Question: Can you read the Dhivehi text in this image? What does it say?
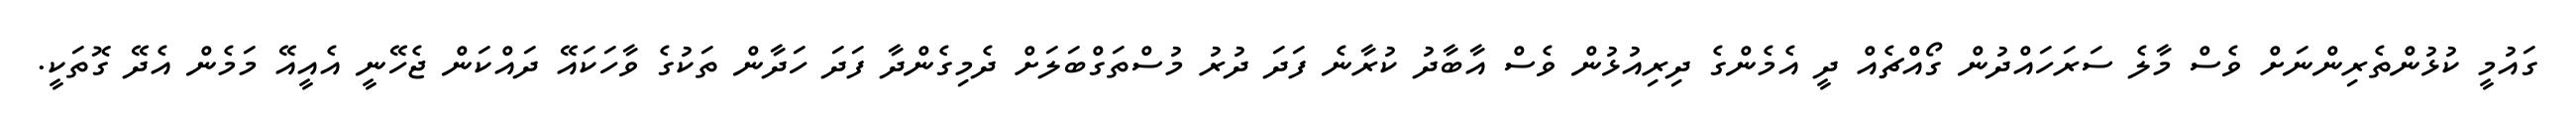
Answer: ގައުމީ ކުޅުންތެރިންނަށް ވެސް މާލެ ސަރަހައްދުން ގޯއްޗެއް ދީ އެމެންގެ ދިރިއުޅުން ވެސް އާބާދު ކުރާނެ ފަދަ ދުރު މުސްތަގްބަލަށް ދެމިގެންދާ ފަދަ ހަދާން ތަކުގެ ވާހަކައޭ ދައްކަން ޖެހޭނީ އެއީއޭ މަމެން އެދޭ ގޮތަކީ.